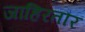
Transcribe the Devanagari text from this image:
जाहिरतौर